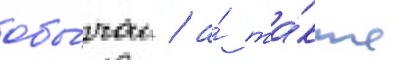
обы́чаи / а́ та́кже